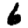
Digit: 6